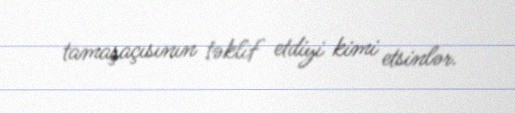
tamaşaçısının təklif etdiyi kimi etsinlər.